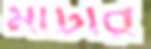
মাটার